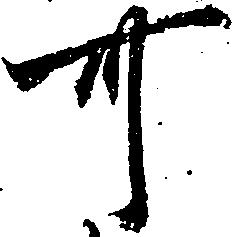
可